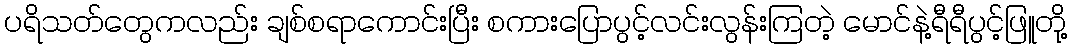
ပရိသတ်တွေကလည်း ချစ်စရာကောင်းပြီး စကားပြောပွင့်လင်းလွန်းကြတဲ့ မောင်နဲ့ရီရီပွင့်ဖြူတို့